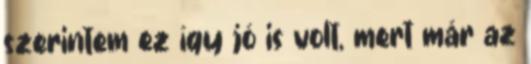
szerintem ez így jó is volt, mert már az